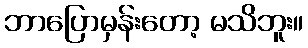
ဘာပြောမှန်းတော့ မသိဘူး။